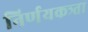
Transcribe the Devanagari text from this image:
निर्णयकत्र्ता